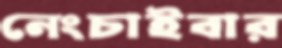
নেংচাইবার